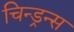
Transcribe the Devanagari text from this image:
चिन्ड्रन्स